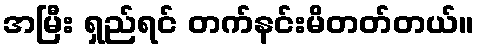
အမြီး ရှည်ရင် တက်နင်းမိတတ်တယ်။